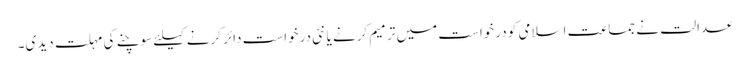
عدالت نے جماعت اسلامی کو درخواست میں ترمیم کرنے یا نئی درخواست دائر کرنے کیلئے سوچنے کی مہلت دیدی۔